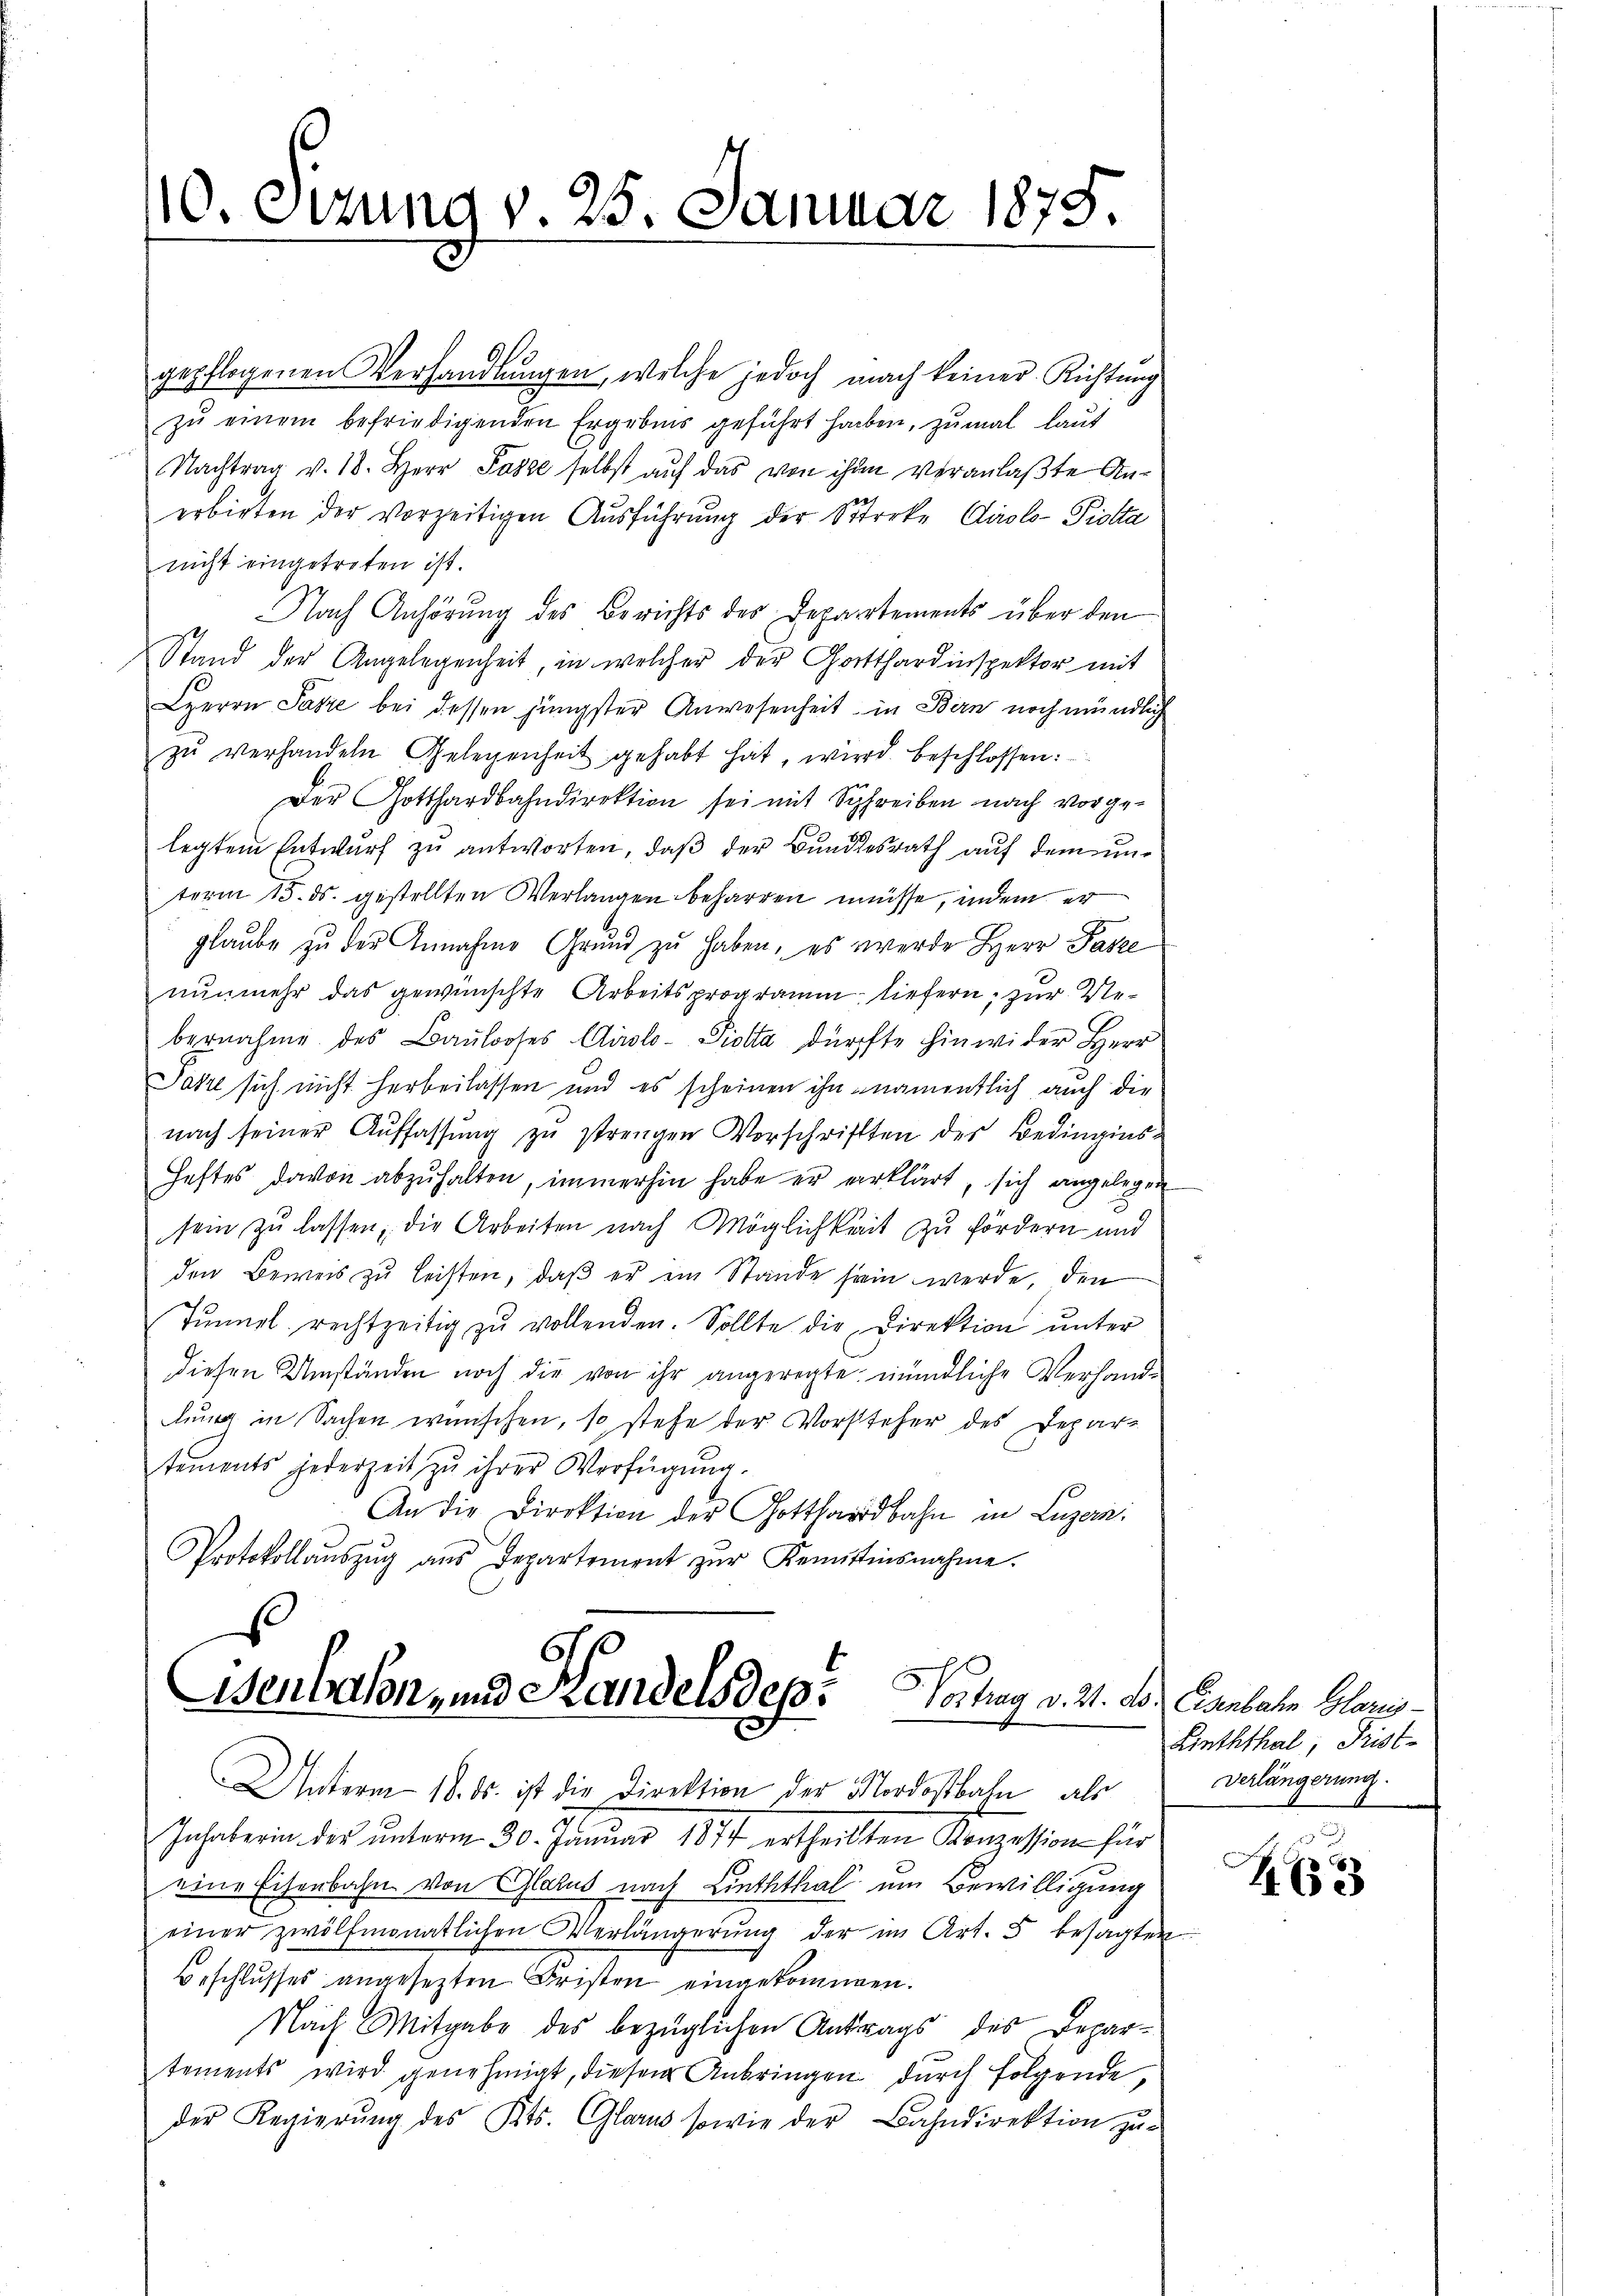
10. Sizung v. 25. Januar 1875

gepflogenen Verhandlungen, welche jedoch nach keiner Richtung
zu einem befriedigenden Ergebnis geführt haben, zumal laut
Nachtrag v. 18. Herr Pässe selbst auf das von ihm veranlaßte Anerbieten der vorzeitigen Ausführung der Sterke Carolo-Piotta
nicht eingetreten ist.
Nach Anhörung des Berichts der Departements über den
Stand der Angelegenheit, in welcher der Gotthardinspektor mit
HHerrn Pasze bei dessen jüngster Anwesenheit in Bern noch mündlich
zŭ verhandeln Gelegenheit gehabt hat, wird beschlossen:
Der Gotthardbahndirektion sei mit Schreiben nach vorgelegtem Entwurf zu antworten, daß der Bundesrath auf dem unterm 15. ds. gestellten Verlangen beharren müsse, indem er
glaube zu der Annahme Grund zu haben, es werde Herr Patze
nunmehr das gewünschte Arbeitsprogramm, liefern, zur Vebernahme des Baŭlooses Airolo-Piotta dürfte hinwider Herr
ahl sich nicht herbeilassen und es scheinen ihn namentlich auch die
nach seiner Aŭffassŭng zŭ strengen Vorschriften des Bedingins-
Heftes davon abzŭhalten, immerhin habe er verklärt, sich angelegen
sein zŭ lassen, die Arbeiten nach Möglichkeit zu fördern und
den Beweis zu leisten, daß er ein Stande sein werde, den
Tŭnnel, rechtzeitig zŭ wollenden. Sollte die Direktion ŭnter
diesen Umständen noch die von ihr angeregte mündliche Verhand-
lung in Sachen wünschen, so stehe der Vorsteher des Depar-
tements jederzeit zu ihrer Verfügŭng.
An die Direktion der Gotthardbahn in Luzern
Protokollaŭszŭg aŭs Departement zŭr Kemttinsnahme.

Benbalon, und Handelsdep. Hochag v. 21. d. Carbare Glanz¬
Unterm 18. ds. ist die Direktion der Mordostbahn, als

Jnhaerin des ŭnterm 30. Januar 1877 ertheilten Konzession für
eine Eisenbahn von Glarus nach Linththal um Bewilligung
einer zwölfmonatlichen Verlängerung der im Art. 5 besagten
Beschlusses angesezten Fristen eingekommen.
Nach Mitgabe des bezüglichen Antrags des Departements wird genehmigt, diesen Anbringen dŭrch folgende,
der Regierŭng des Kts. Glarus sowie der Bahndirektion zŭ-

Linththal, Frist-
Verlängerung.

Z. 63